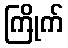
ကြိုက်